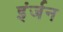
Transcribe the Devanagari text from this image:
इंर्जन